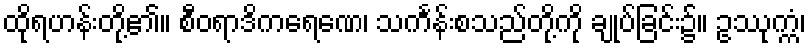
ထိုရဟန်းတို့၏။ စီဝရာဒိကရေဏေ၊ သင်္ကန်းစသည်တို့ကို ချုပ်ခြင်း၌။ ဥဿုက္ကံ၊